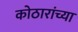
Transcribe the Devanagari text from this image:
कोठारांच्या